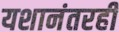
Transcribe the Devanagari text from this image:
यशानंतरही